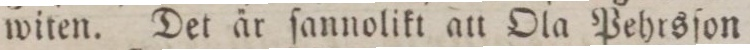
witen. Det är ſannolikt att Ola Pehrsſon